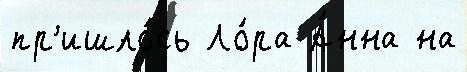
пр'ишло́сь Ло́ра А́нна на